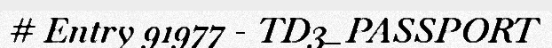
# Entry 91977 - TD3_PASSPORT